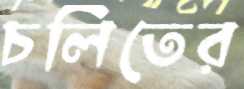
চলিতের